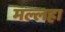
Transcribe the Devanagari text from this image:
मल्लहा